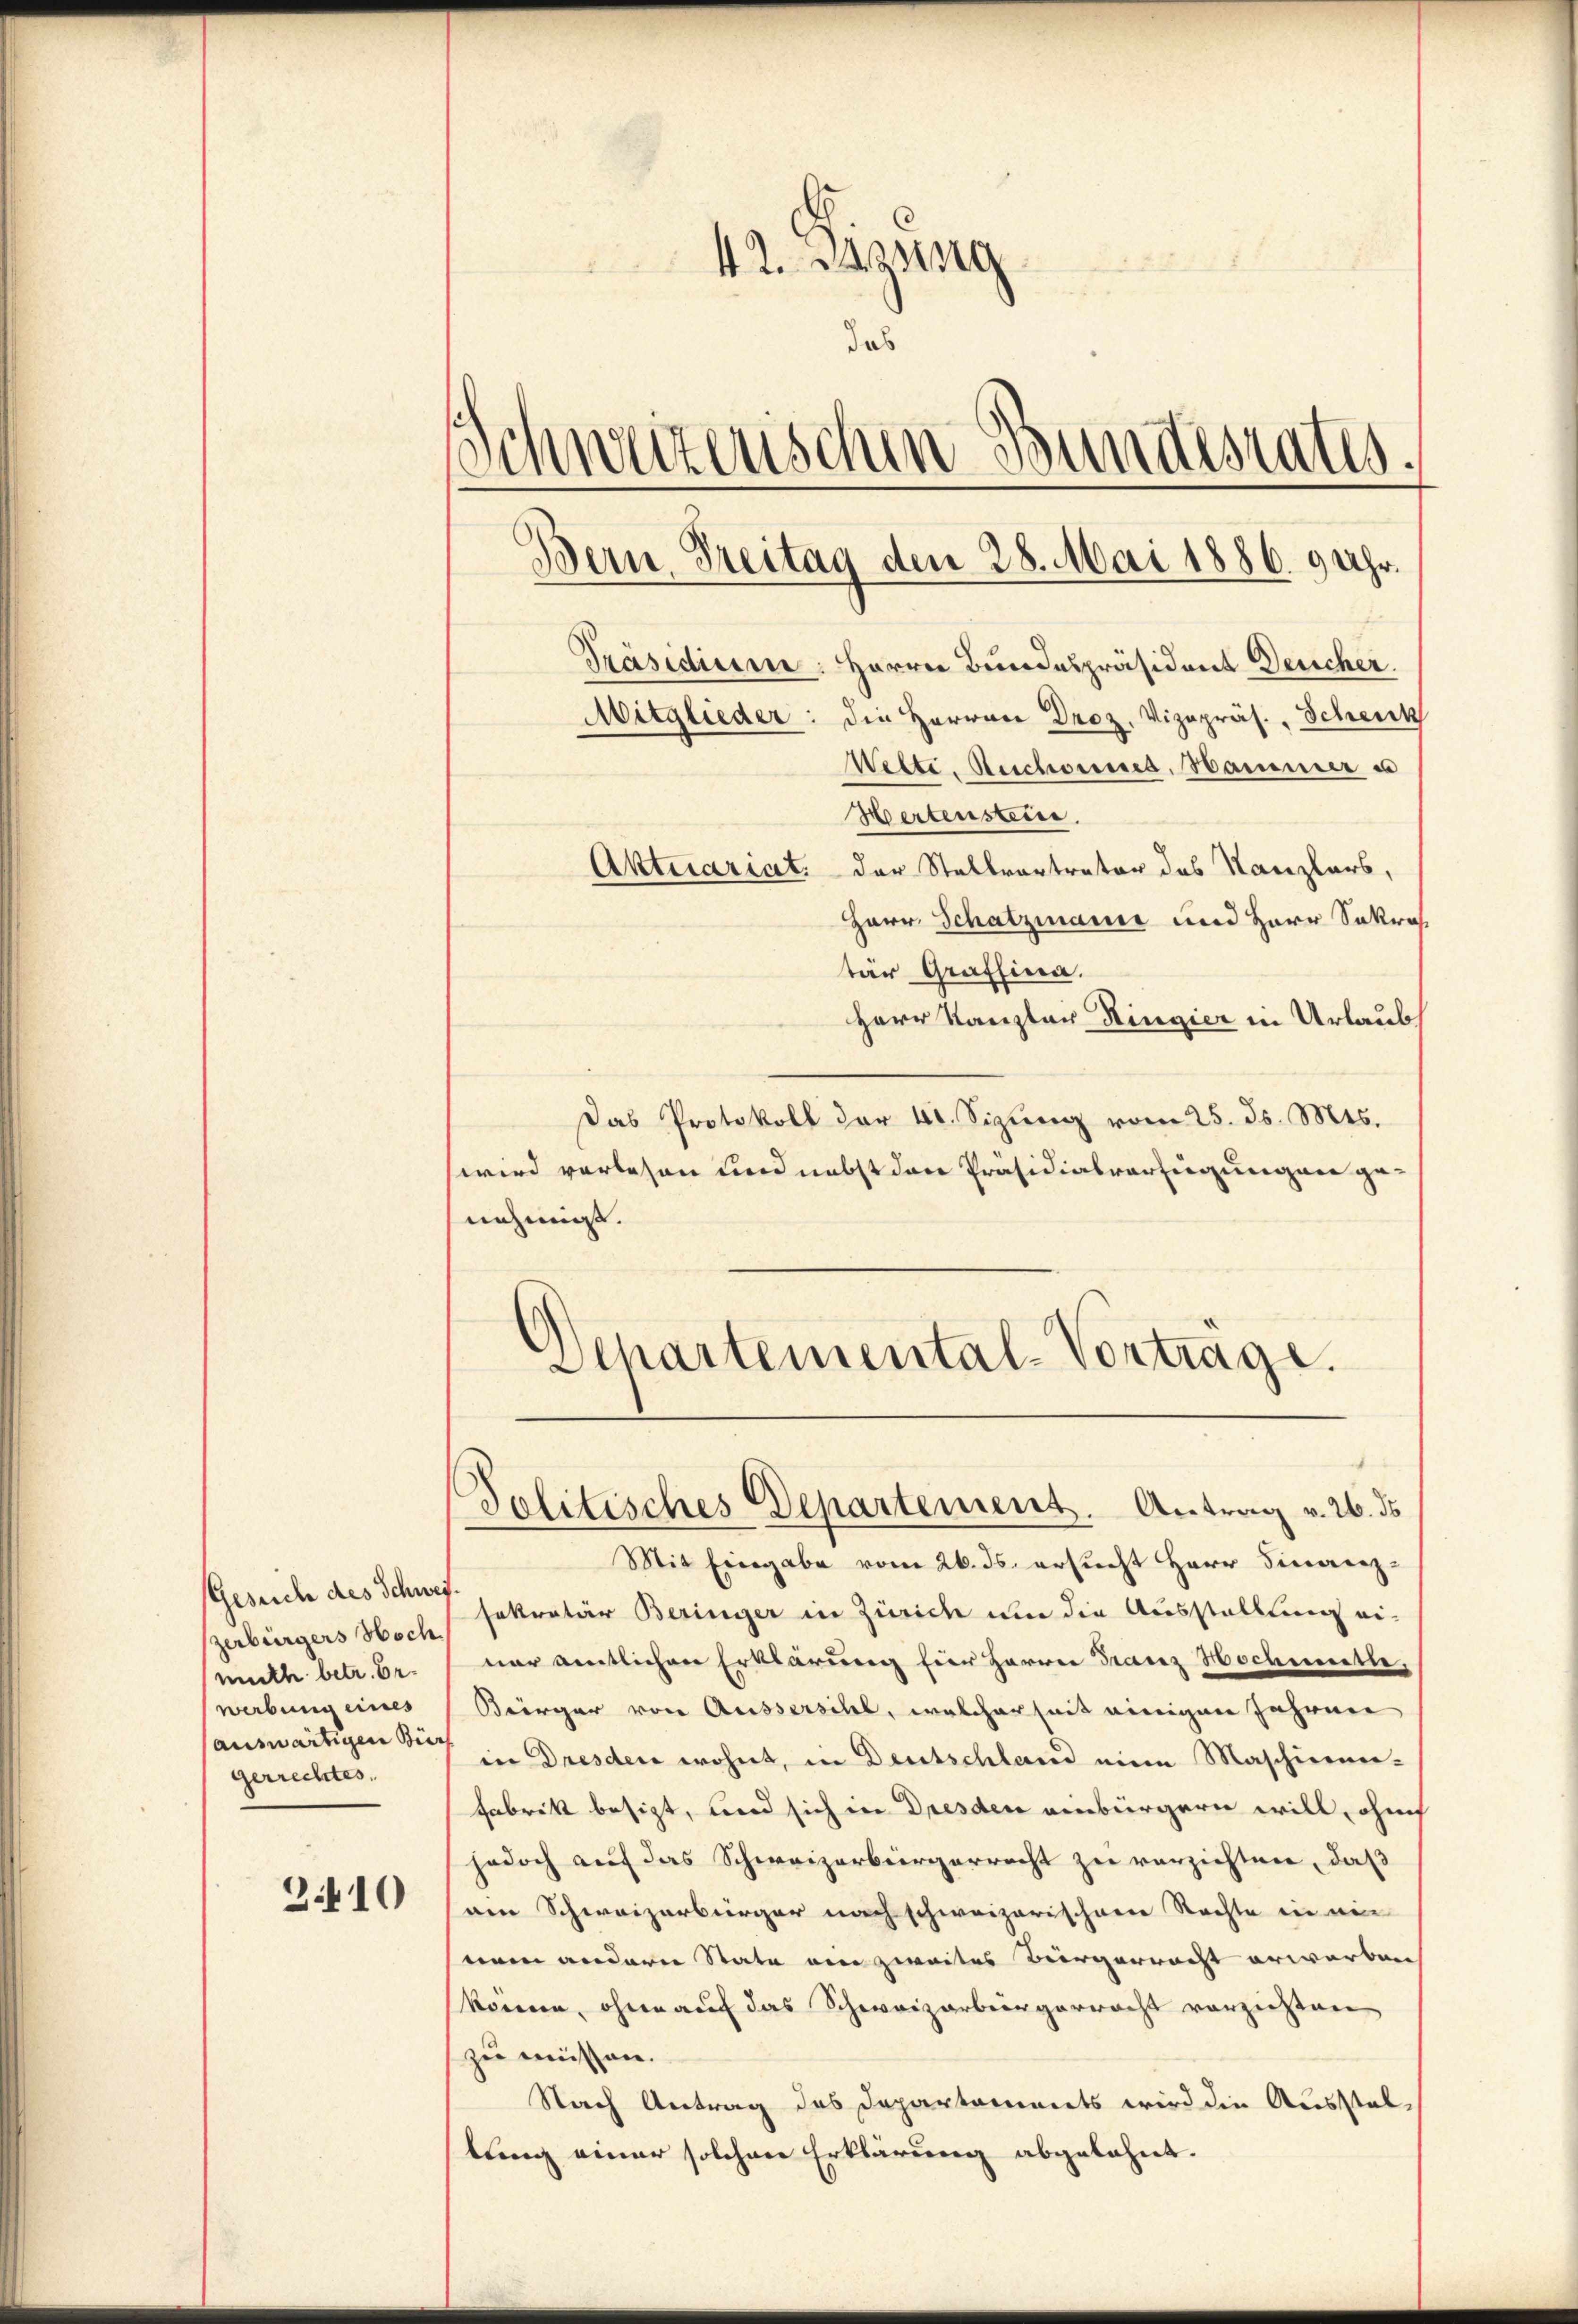
3410

Gesuch des Schwei
zerbürgers Hoch
muth betr. Erwerbung eines
gerrechtes,

42. Denung
das
Schweizerischen Bundesrates.
Präsidium: Herrn Bundespräsident Deucher.
Mitglieder: die Herren Droz. Vizepräs. Schenk
Wette. Beschonnes, Hammer a
Hertensteine
Aktuariat der Stellvertreter des Kanzlers,
Herr Schatzmann und Herr Sakros.

tär Graffina.
Herr Kanzler Ringier in Urlaub
Das Protokoll der 4t. Sizung vom 25. ds. Mts.
wird vorlesen und nebst den Präsidialverfügungen genehmigt.
Politisches Departement. Antrag v. 26. ds
Mit Eingabe vom 26. ds. ersucht Herr Finorenz-
sekretär Beringer in Zürich um die Ausstellung einur amtlichen Erklärung für Herrn Franz Hochimitte,
Biirger von Aussersihl, welcherheit einigen Jahren
auswärtigen die in Dresden wohnt, in Deutschland eine Maschinen-
Fabrik besizt, und sich in Dresden einbürgern will, ohne
jedoch auf das Schweizerbürgerrecht zu verzichten, daß
am Schweizerbürger nach schweizerischeere Rechte in ein
eam anderer State am zweites Bürgerrecht erwarben
können, ohne auf das Schweizerbürgerracht vorziehten
zu müssen.
Nach Antrag des Departaminets wird die Ausstellung einer solchen Erklärung abgelehnt.

Bern, Freitag den 28. Mai 1886. 9 Uhr.

Departemental-Vorträge.
e